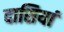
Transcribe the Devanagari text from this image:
दासियां